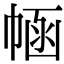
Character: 𢃗